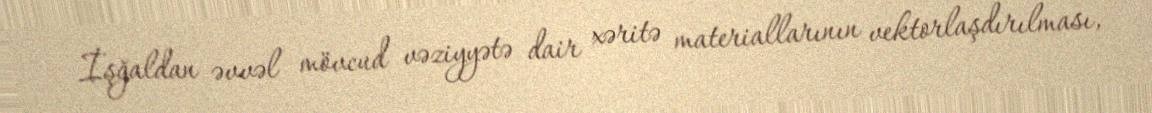
İşğaldan əvvəl mövcud vəziyyətə dair xəritə materiallarının vektorlaşdırılması,